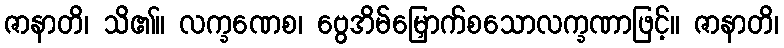
ဇာနာတိ၊ သိ၏။ လက္ခဏေစ၊ ဗွေအိမ်မြှောက်စသောလက္ခဏာဖြင့်။ ဇာနာတိ၊